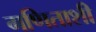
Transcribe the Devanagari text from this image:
गणिताशी